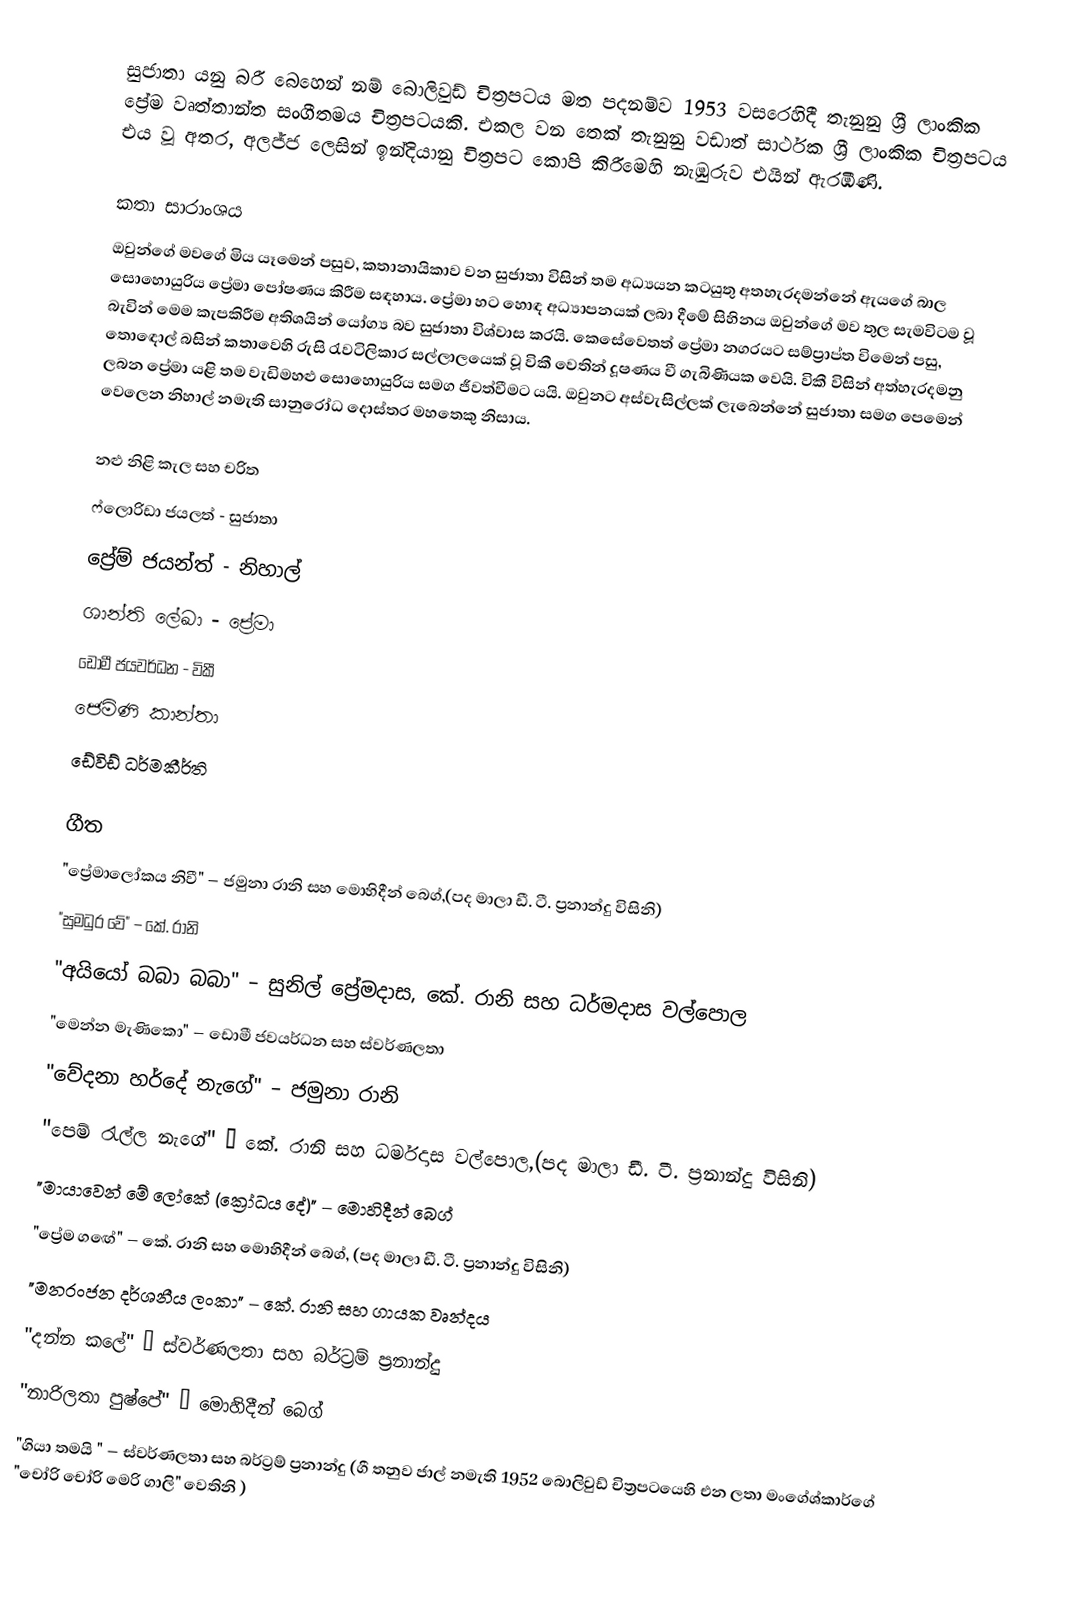
සුජාතා යනු  බරී බෙහෙන් නම් බොලිවුඩ් චිත්‍රපටය මත පදනම්ව 1953 වසරෙහිදී තැනුනු ශ්‍රී ලාංකික   ප්‍රේම වෘත්තාන්ත සංගීතමය චිත්‍රපටයකි. එකල වන තෙක් තැනුනු වඩාත් සාර්ථක ශ්‍රී ලාංකික චිත්‍රපටය එය වූ අතර, අලජ්ජ ලෙසින් ඉන්දියානු චිත්‍රපට කොපි කිරීමෙහි නැඹුරුව එයින් ඇරඹිණි.

කතා සාරාංශය
ඔවුන්ගේ මවගේ මිය යෑමෙන් පසුව, කතානායිකාව වන සුජාතා  විසින් තම අධ්‍යයන කටයුතු අතහැරදමන්නේ ඇයගේ බාල සොහොයුරිය ප්‍රේමා පෝෂණය කිරීම සඳහාය. ප්‍රේමා හට හොඳ අධ්‍යාපනයක් ලබා දීමේ සිහිනය ඔවුන්ගේ මව තුල සැමවිටම වූ බැවින් මෙම කැපකිරීම අතිශයින් යෝග්‍ය බව සුජාතා විශ්වාස කරයි. කෙසේවෙතත් ප්‍රේමා නගරයට සම්ප්‍රාප්ත විමෙන් පසු, තොඳොල් බසින් කතාවෙහි රුසි රැවටිලිකාර සල්ලාලයෙක් වූ විකී වෙතින් දූෂණය වී ගැබිණියක වෙයි. විකී විසින් අත්හැරදමනු ලබන ප්‍රේමා යළි තම වැඩිමහළු සොහොයුරිය සමග ජීවත්වීමට යයි. ඔවුනට අස්වැසිල්ලක් ලැබෙන්නේ සුජාතා සමග පෙමෙන් වෙලෙන නිහාල් නමැති සානුරෝධ දොස්තර මහතෙකු නිසාය.

නළු නිළි කැල සහ චරිත
ෆ්ලොරිඩා ජයලත් - සුජාතා
ප්‍රේම් ජයන්ත් - නිහාල්
ශාන්ති ලේඛා - ප්‍රේමා
ඩොමී ජයවර්ධන - විකී
ජෙමිණි කාන්තා
ඩේවිඩ් ධර්මකීර්ති

ගීත
"ප්‍රේමාලෝකය නිවී" – ජමුනා රානි සහ මොහිදීන් බෙග්,(පද මාලා ඩී. ටී. ප්‍රනාන්දු විසිනි)
"සුමධුර වේ" – කේ. රානි
"අයියෝ බබා බබා" – සුනිල් ප්‍රේමදාස, කේ. රානි සහ ධර්මදාස වල්පොල
"මෙන්න මැණිකො" – ඩොමී ජවයර්ධන සහ ස්වර්ණලතා
"වේදනා හර්දේ නැගේ" – ජමුනා රානි
"පෙම් රැල්ල නැගේ" – කේ. රානි සහ ධර්මදාස වල්පොල,(පද මාලා ඩී. ටී. ප්‍රනාන්දු විසිනි)
"මායාවෙන් මේ ලෝකේ (ක්‍රෝධය දේ)" – මොහිදීන් බෙග්
"ප්‍රේම ගඟේ" – කේ. රානි සහ මොහිදීන් බෙග්, (පද මාලා ඩී. ටී. ප්‍රනාන්දු විසිනි)
"මනරංජන දර්ශනීය ලංකා" – කේ. රානි සහ ගායක වෘන්දය
"දන්න කලේ" – ස්වර්ණලතා සහ බර්ට්‍රම් ප්‍රනාන්දු
"නාරිලතා පුෂ්පේ" – මොහිදීන් බෙග්
"ගියා තමයි " – ස්වර්ණලතා සහ බර්ට්‍රම් ප්‍රනාන්දු (ගී තනුව ජාල් නමැති 1952 බොලිවුඩ් චිත්‍රපටයෙහි එන ලතා මංගේශ්කාර්ගේ "චෝරි චෝරි මෙරි ගාලි" වෙතිනි  )